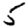
Digit: 5